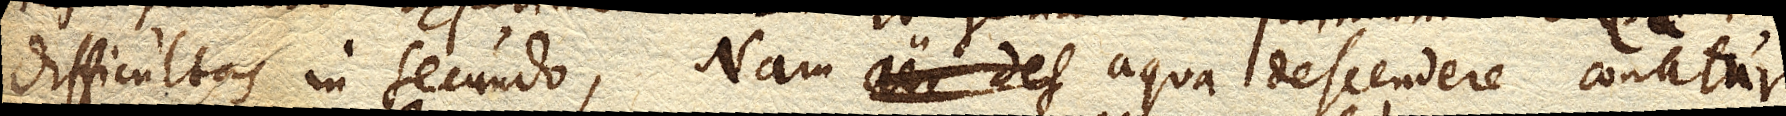
difficultas in secundo. Nam aer des aqua descendere conatur